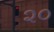
૨૦